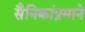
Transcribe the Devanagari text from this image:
सैनिकांप्रमाने